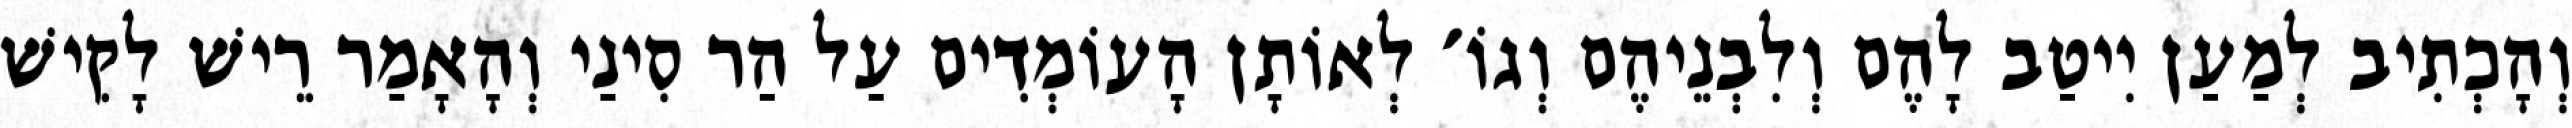
וְהָכְתִיב לְמַעַן יִיטַב לָהֶם וְלִבְנֵיהֶם וְגוֹ׳ לְאוֹתָן הָעוֹמְדִים עַל הַר סִינַי וְהָאָמַר רֵישׁ לָקִישׁ